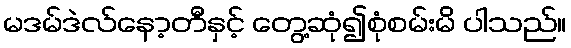
မဒမ်ဒဲလ်နော့တီနှင့် တွေ့ဆုံ၍စုံစမ်းမိ ပါသည်။